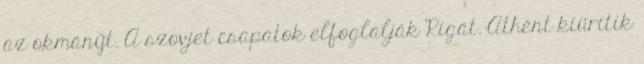
az okmányt. A szovjet csapatok elfoglalják Rigát. Athént kiürítik